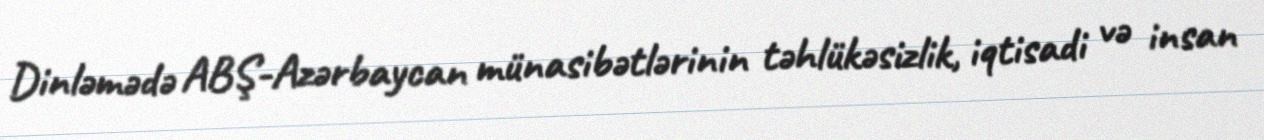
Dinləmədə ABŞ-Azərbaycan münasibətlərinin təhlükəsizlik, iqtisadi və insan